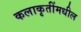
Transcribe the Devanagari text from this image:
कलाकृतींमधील